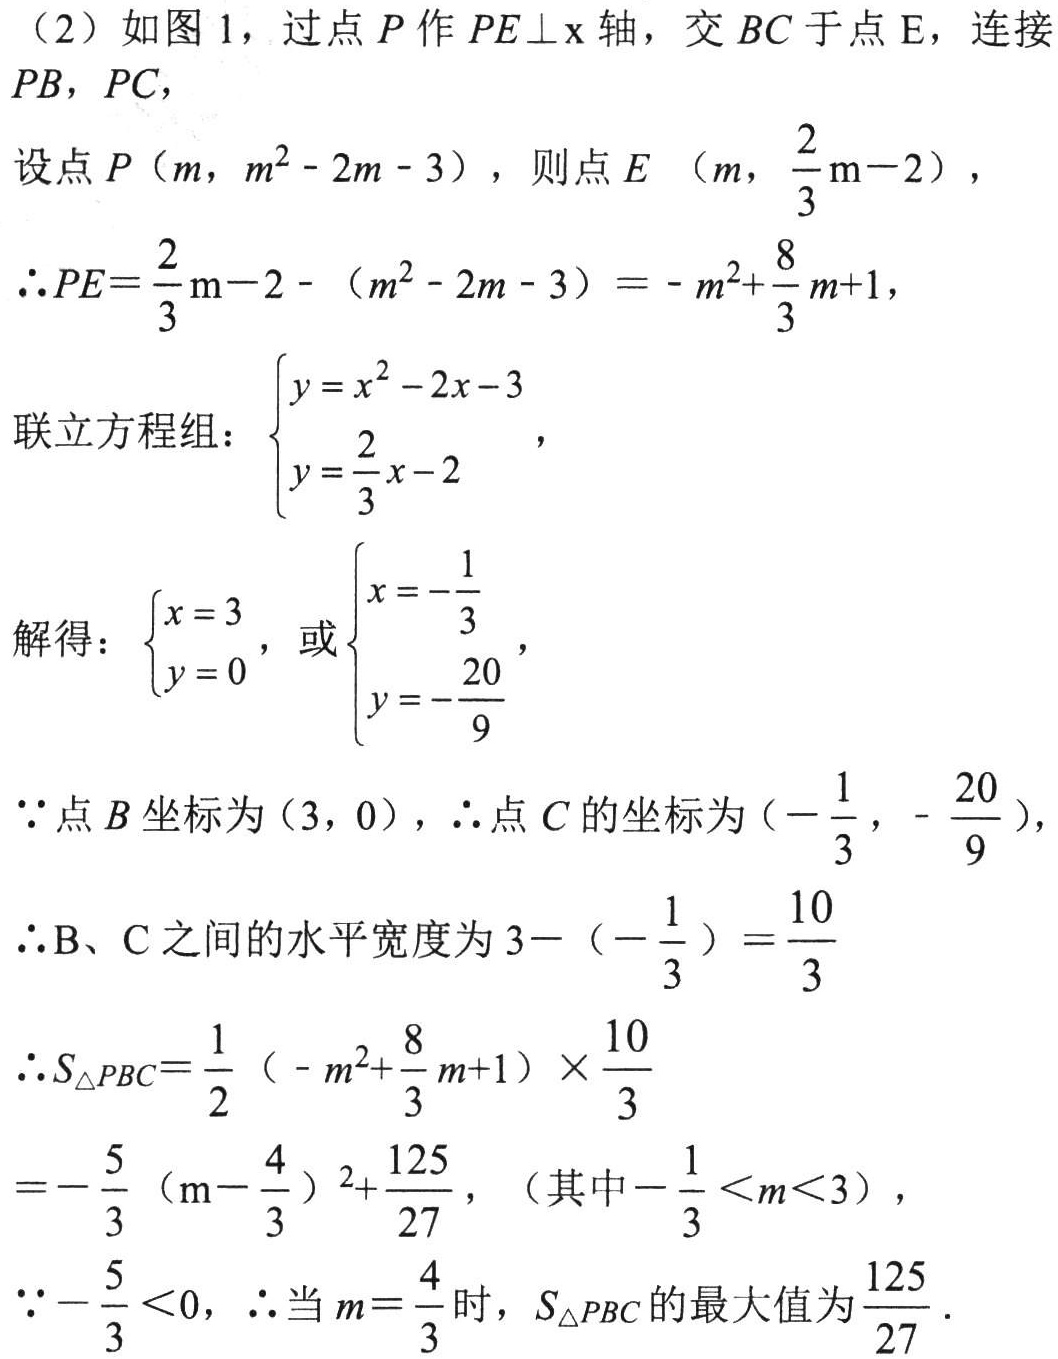
（2）如图 1，过点 \(P\) 作 \(PE\perp x\) 轴，交 \(BC\) 于点 \(E\)，连接 \(PB\)，\(PC\)，
设点 \(P(m,m^{2}-2m - 3)\)，则点 \(E\left(m,\frac{2}{3}m - 2\right)\)，
\(\therefore PE=\frac{2}{3}m - 2-(m^{2}-2m - 3)=-m^{2}+\frac{8}{3}m + 1\)，
联立方程组：\(\begin{cases}y = x^{2}-2x - 3\\y=\frac{2}{3}x - 2\end{cases}\)，
解得：\(\begin{cases}x = 3\\y = 0\end{cases}\)，或\(\begin{cases}x=-\frac{1}{3}\\y = -\frac{20}{9}\end{cases}\)，
\(\because\) 点 \(B\) 坐标为 \((3,0)\)，\(\therefore\) 点 \(C\) 的坐标为 \(\left(-\frac{1}{3},-\frac{20}{9}\right)\)，
\(\therefore\)B、C 之间的水平宽度为 \(3-\left(-\frac{1}{3}\right)=\frac{10}{3}\)
\(\therefore S_{\triangle PBC}=\frac{1}{2}\left(-m^{2}+\frac{8}{3}m + 1\right)\times\frac{10}{3}\)
\(=-\frac{5}{3}\left(m-\frac{4}{3}\right)^{2}+\frac{125}{27}\)，（其中 \(-\frac{1}{3}<m<3\)），
\(\because-\frac{5}{3}<0\)，\(\therefore\) 当 \(m = \frac{4}{3}\) 时，\(S_{\triangle PBC}\) 的最大值为 \(\frac{125}{27}\)．